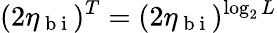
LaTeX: (2\eta_{\mathrm{~b~i~}})^{T}=(2\eta_{\mathrm{~b~i~}})^{\log_{2}L}